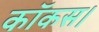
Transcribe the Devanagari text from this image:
कॉकस।